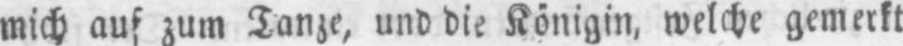
mich auf zum Tanze, und die Königin, welche gemerkt